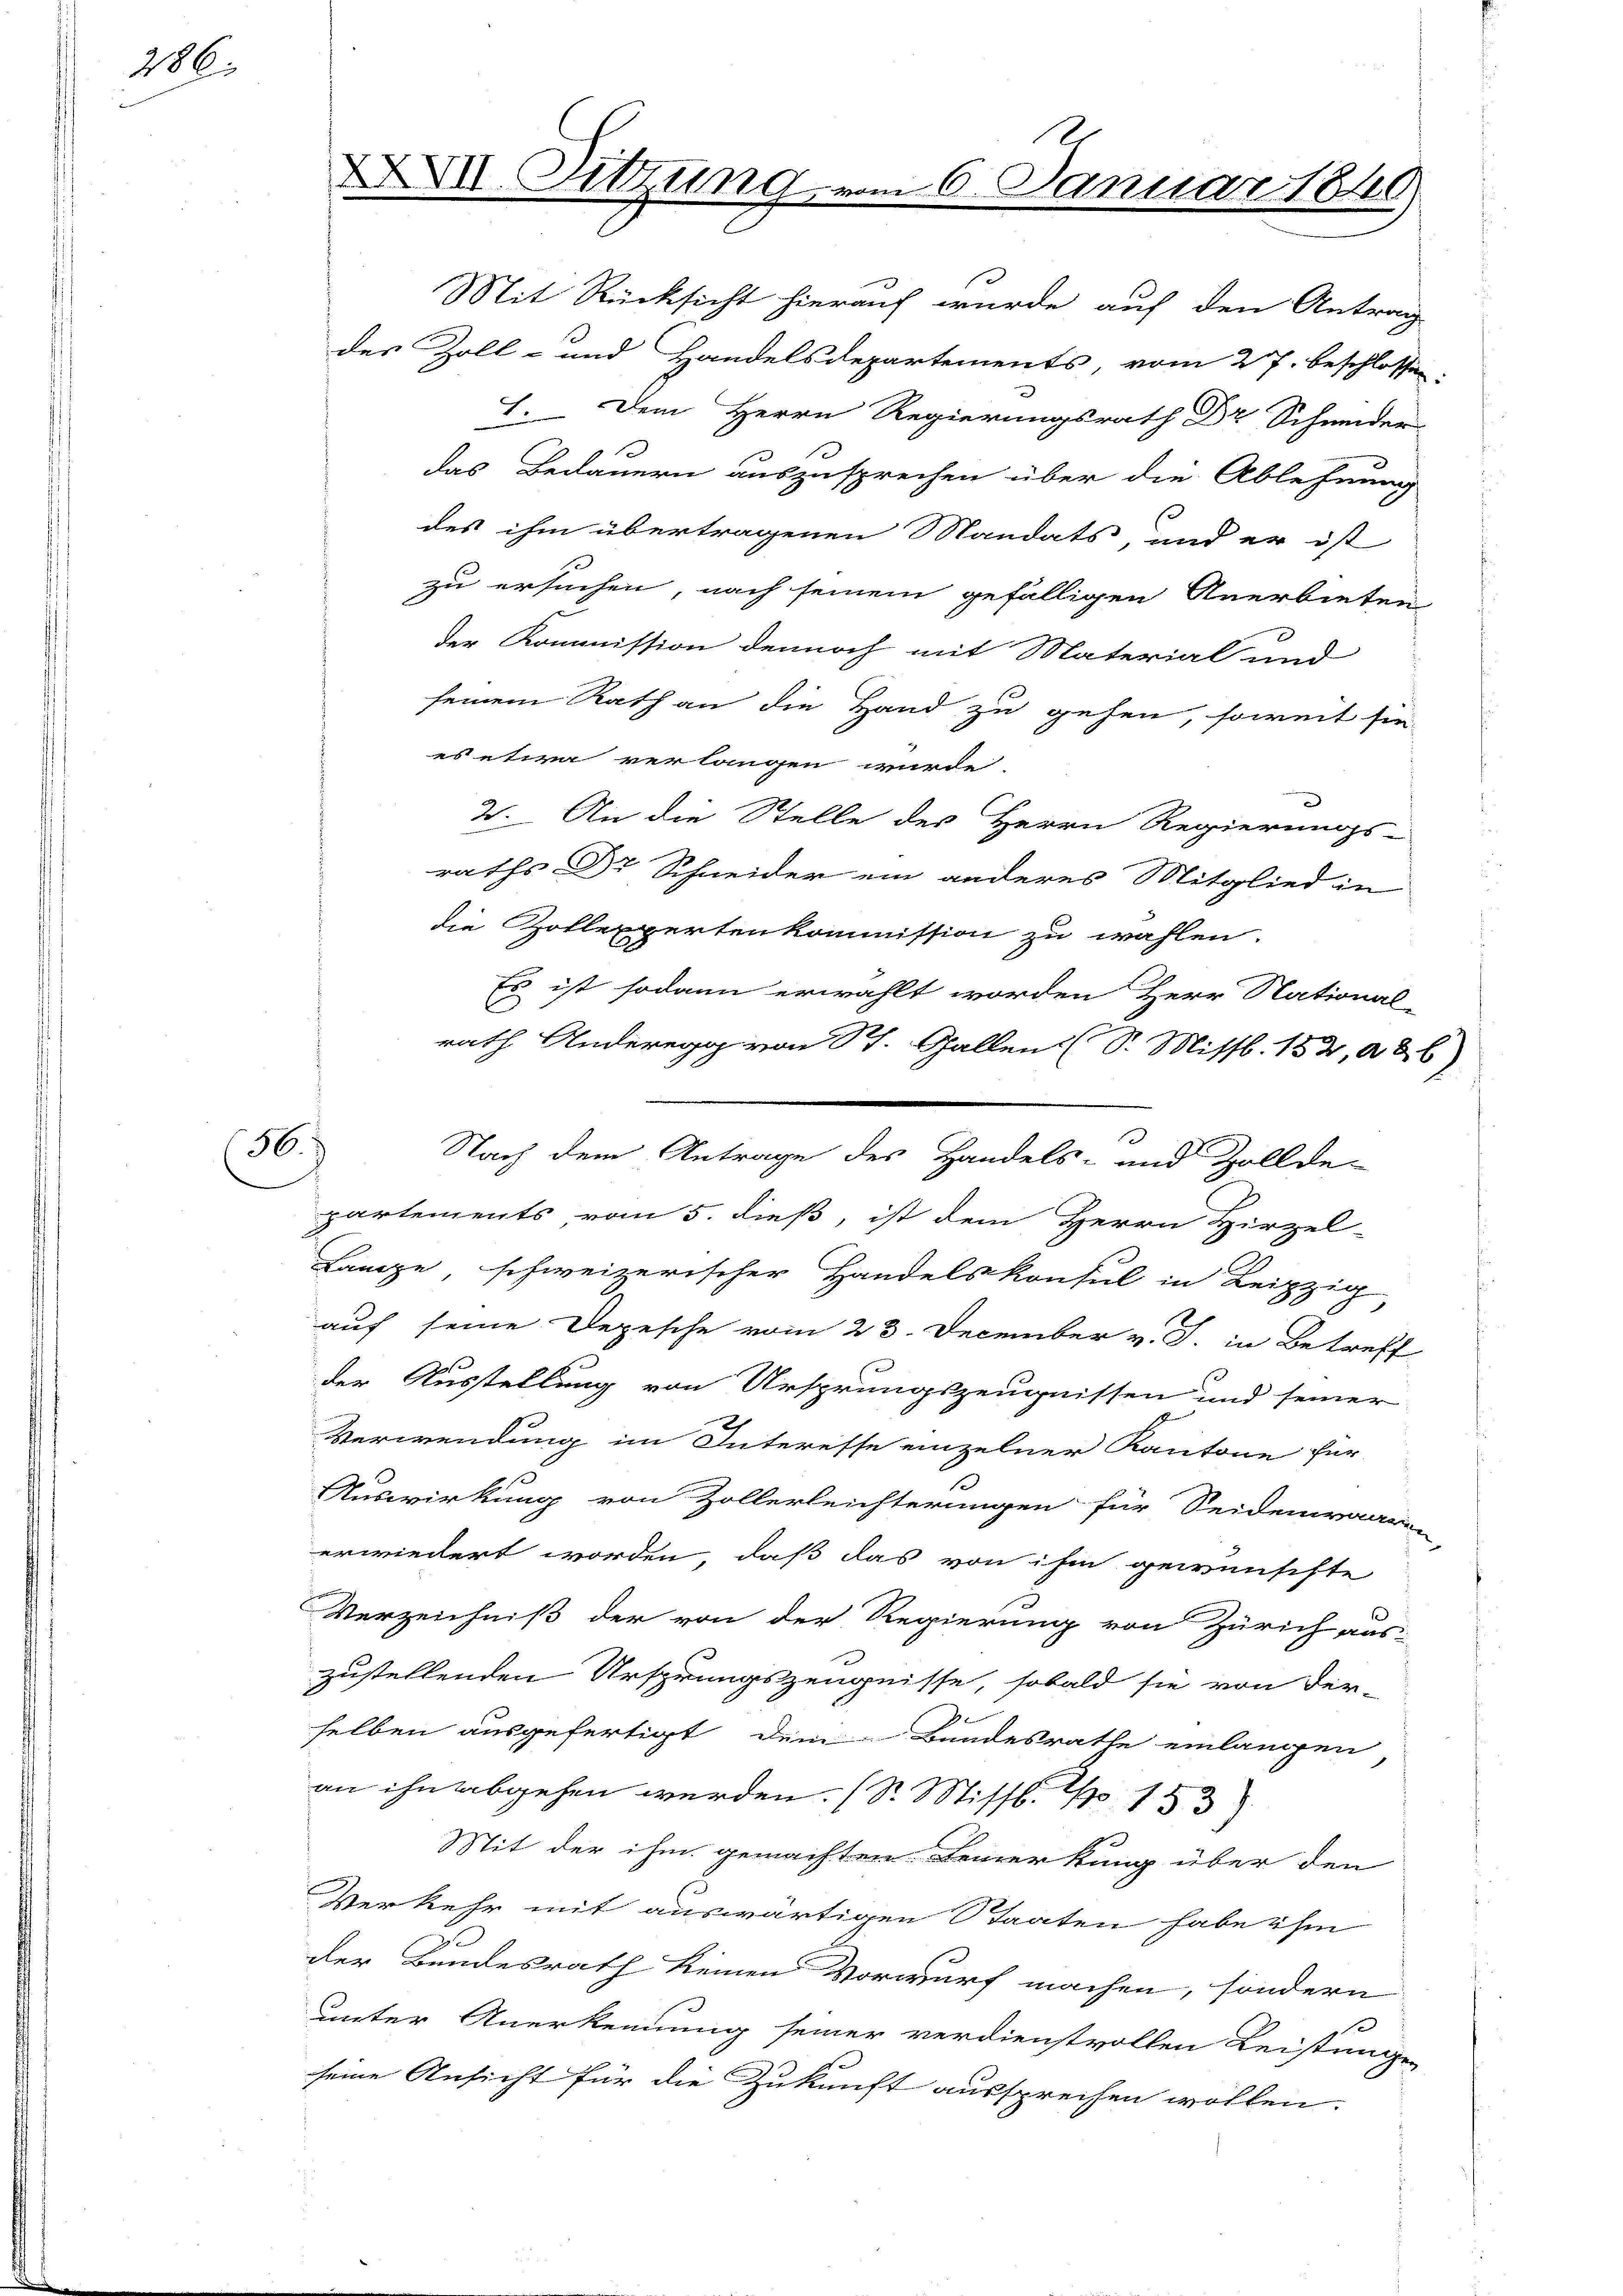
286.

36

XVII. Sitzung

des ihm übertragenen Mandats, und er ist
zu ersuchen, nach seinem gefälligen Anerbieten
der Kommission dennoch mit Material und
seinem Rath an die Hand zu gehen, soweit sie
es etwa verlangen wurde.
2. An die Stelle des Herrn Regierungs-
raths Dr Schneider ein anderes Mitglied in
die Zollexpertenkommission zu wählen.
Es ist sodann erwählt worden Herr National-
rath Anderegg von St. Gallen (S. Missl. 153, a & 6)
Nach dem Antrage des Handels- und Zollde-
partements vom 5. dieß, ist dem Herrn Hirzel-
Lange, schweizerischer Handelskonsul in Leipzig,
auf seine Depesche vom 23. December v. J. in Betreff
der Ausstellung von Ursprungszeugnissen und seiner
Verwendung im Interesse einzelner Kantone für
Auswirkung von Zollerleichterungen für Seidenwaaren,
erwiedert worden, daß das von ihm gewünschte
Verzeichniß der von der Regierung von Zürich aus-
zustellenden Ursprungszeugnisse, sobald sie von der-
selben ausgefertigt dein Bandesrathe einlangen,
an ihn abgehen werden. (S. Missb. 1153
Mit der ihm gemachten Bemerkung über den
Verkehr mit auswärtigen Staaten habe ihm
u
der Bundesrath keinen Vorwurf machen, sondern
unter Anerkennung seiner verdienstvollen Leistungen
seine Ansicht für die Zukunft aussprechen wollen.

Mit Rücksicht hierauf wurde auf den Antrag
des Zoll- und Handelsdepartements, vom 27. beschlossen:
1. Dem Herrn Regierungsrath Dr Schmeider
das Bedauern auszusprechen über die Ablehnung

6. Januar 1840